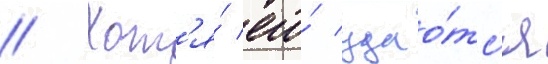
// Хот'я́ его́ удао́тс'я